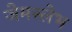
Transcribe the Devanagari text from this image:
जेमस्लेभ